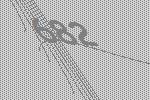
682